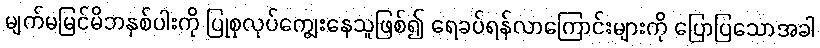
မျက်မမြင်မိဘနှစ်ပါးကို ပြုစုလုပ်ကျွေးနေသူဖြစ်၍ ရေခပ်ရန်လာကြောင်းများကို ပြောပြသောအခါ